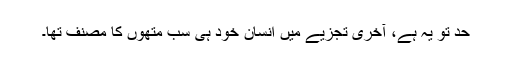
حد تو یہ ہے، آخری تجزیے میں انسان خود ہی سب متھوں کا مصنف تھا۔